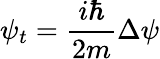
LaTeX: \psi_{t}={\frac{i\hbar}{2m}}\Delta\psi